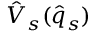
\hat { V } _ { s } ( { \hat { q } _ { s } } )